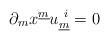
LaTeX: \begin{align*}\partial_{m} x^{\underline{m}} u^{~i}_{\underline{m}} = 0 \qquad\end{align*}